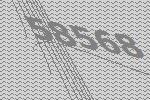
58568